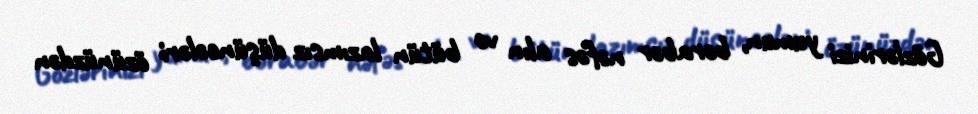
Gözlərinizi yumun, bərabər nəfəs alın və bütün lazımsız düşüncələri özünüzdən